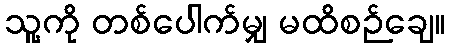
သူ့ကို တစ်ပေါက်မျှ မထိစဉ်ချေ။